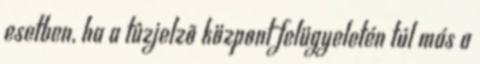
esetben, ha a tûzjelzõ központ felügyeletén túl más a